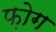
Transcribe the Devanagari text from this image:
फ़ोग